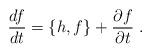
LaTeX: \begin{align*}\frac{df}{dt}=\{h,f\}+\frac{\partial f}{\partial t} \ .\end{align*}